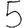
Digit: 5